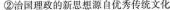
②治国理政的新思想源自优秀传统文化